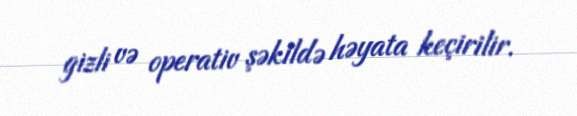
gizli və operativ şəkildə həyata keçirilir.